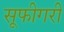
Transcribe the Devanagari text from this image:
सूफीगरी